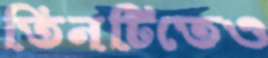
তিনটিতেও